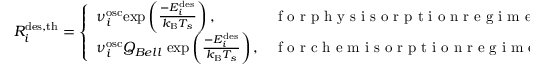
R _ { i } ^ { \mathrm { { d e s , t h } } } = \left\{ \begin{array} { l l } { \nu _ { i } ^ { \mathrm { { o s c } } } \mathrm { e x p } \left( \frac { - E _ { i } ^ { \mathrm { { d e s } } } } { k _ { \mathrm { { B } } } T _ { s } } \right) , } & { \mathrm { ~ f ~ o ~ r ~ p ~ h ~ y ~ s ~ i ~ s ~ o ~ r ~ p ~ t ~ i ~ o ~ n ~ r ~ e ~ g ~ i ~ m ~ e ~ } } \\ { \nu _ { i } ^ { \mathrm { { o s c } } } Q _ { B e l l } \; \mathrm { e x p } \left( \frac { - E _ { i } ^ { \mathrm { { d e s } } } } { k _ { \mathrm { { B } } } T _ { s } } \right) , } & { \mathrm { ~ f ~ o ~ r ~ c ~ h ~ e ~ m ~ i ~ s ~ o ~ r ~ p ~ t ~ i ~ o ~ n ~ r ~ e ~ g ~ i ~ m ~ e ~ } } \end{array} \right.